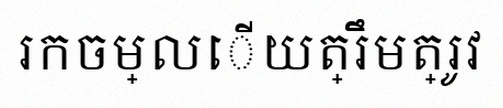
រកចម្លើយត្រឹមត្រូវ